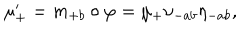
\mu _ { + } ^ { \prime } = m _ { + b } \circ \varphi = \mu _ { + } \nu _ { - a b } \eta _ { - a b } ,